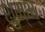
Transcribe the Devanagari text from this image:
शुम्भ्